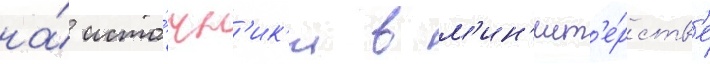
на́ исто́чн'ик'и в м'ин'ист'е́рств'е